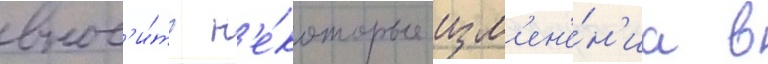
внос'и́ть н'е́которые изм'ен'е́н'иа в